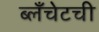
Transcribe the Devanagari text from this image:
ब्लँचेटची